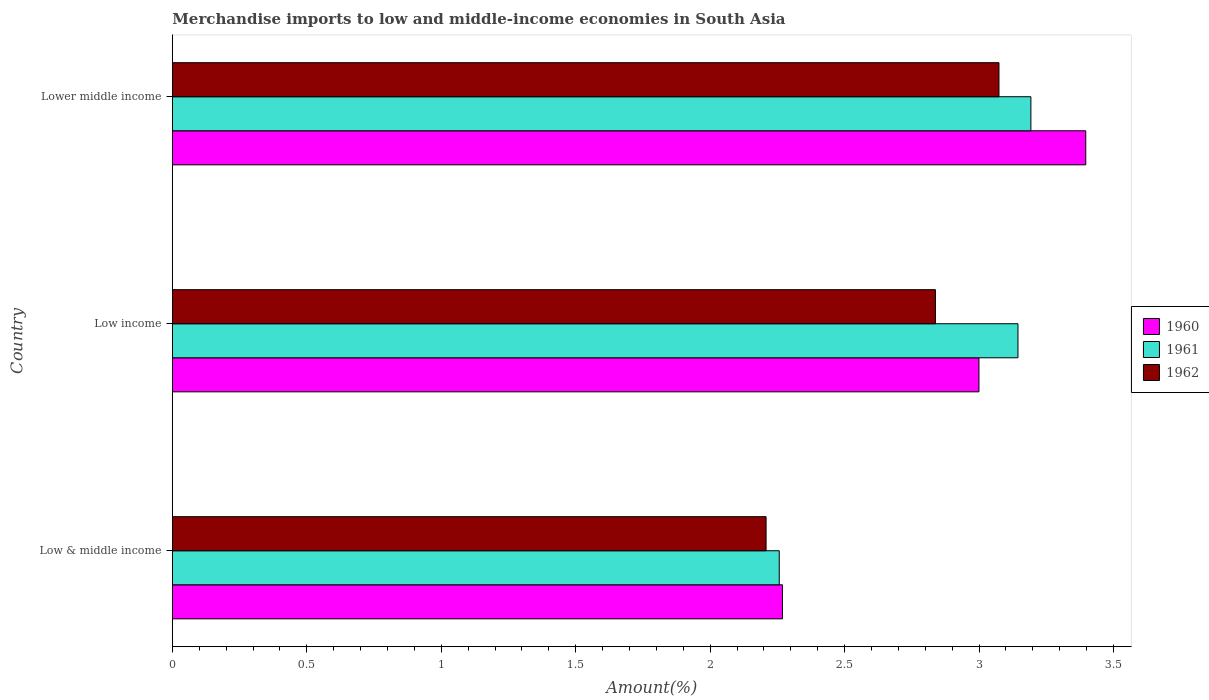
| Country | 1960 | 1961 | 1962 |
 | --- | --- | --- | --- |
 | Low & middle income | 2.27 | 2.26 | 2.21 |
 | Low income | 3 | 3.14 | 2.84 |
 | Lower middle income | 3.4 | 3.19 | 3.07 |